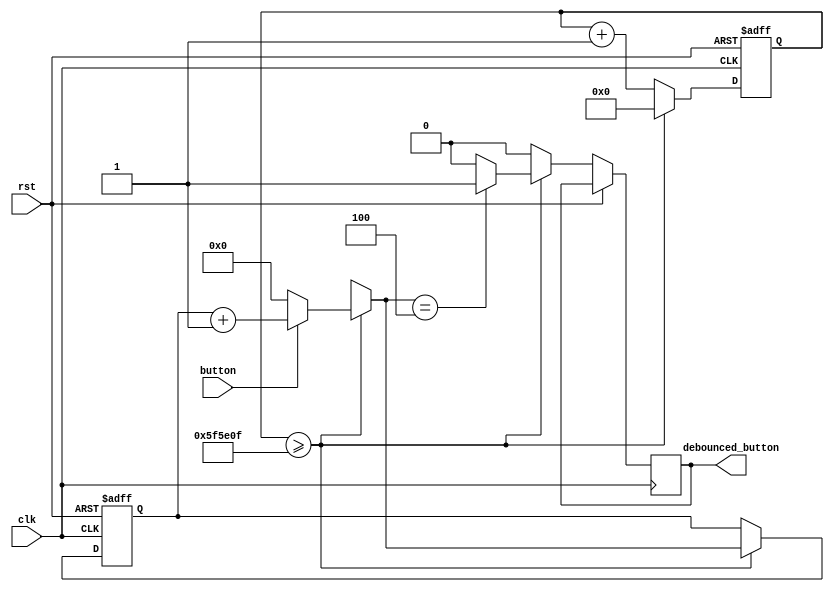
`timescale 1ns / 1ps
//////////////////////////////////////////////////////////////////////////////////
// Company:
//
// Design Name: Vending Machine
// Module Name: button_debounce
// Project Name: EGR 680 - Lab 3
// Target Devices: xc7z020clg400-1
// Tool Versions:
// Description:
//
// Dependencies:
//
// Revision:
// Revision 0.01 - File Created
// Additional Comments:
//
//////////////////////////////////////////////////////////////////////////////////


module button_debounce(clk, rst, button, debounced_button);

   // Declare inputs and outputs
   input clk, rst, button;
   output debounced_button;

   // Declare module parameters
   parameter [31:0] clk_division = 6249999; // 50 ms intervals
   parameter [3:0] seq_samps = 4; // Sequential samples necessary to trigger a debounced output
   parameter samp_val = 1; // Normally desire the sample to be high for a debounce to occur


   // Declare necessary registers
   reg	  debounced_button;
   reg [9:0] samp_counter = 0; // Counts from zero up to seq_samps and triggers a debounce
   reg [31:0] clk_counter = 0; // Counts from zero to clk_division (Used for clock division)

   always @(posedge clk or posedge rst)
     begin
	// Handle reset conditions
	if(rst == 1)
	  begin
	     // Reset clock divider and sequential sample counters to zero
	     samp_counter = 0;
	     clk_counter = 0;
	  end

	else
	  begin
	     if(clk_counter >= clk_division)
	       begin
		  // Reset clk divider counter to zero
		  clk_counter = 0;

		  // Increment counter if button is pressed
		  if(button == samp_val)
		    begin
		       samp_counter = samp_counter + 1;
		    end
		  else
		    begin
		       samp_counter = 0;
		    end

		  // Check debounce conditions
		  if(samp_counter == seq_samps)
		    begin
		       debounced_button = 1;
		    end
		  else
		    begin
		       debounced_button = 0;
		    end
	       end // if (clk_counter >= clk_division)
	     else
	       begin
		  // Increment clock divider counter
		  clk_counter = clk_counter + 1;

		  // Set debounced output to zero
		  debounced_button = 0;
	       end // else: !if(clk_counter >= clk_division)

	  end
     end
endmodule